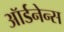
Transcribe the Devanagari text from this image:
ऑर्डनेन्स